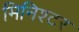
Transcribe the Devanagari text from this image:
मिनिश्टर